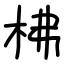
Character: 柫